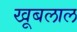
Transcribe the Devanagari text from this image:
खूबलाल